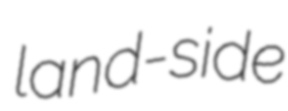
land-side